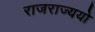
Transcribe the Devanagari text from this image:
राजराज्ययो